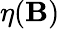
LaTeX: \eta(\mathbf{B})